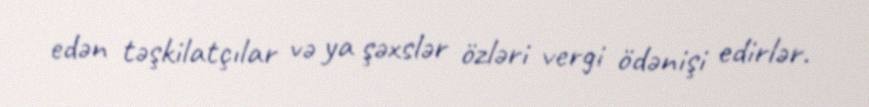
edən təşkilatçılar və ya şəxslər özləri vergi ödənişi edirlər.